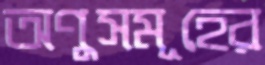
অণুসমূহের